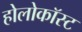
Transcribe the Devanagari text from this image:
होलोकॉस्‍ट